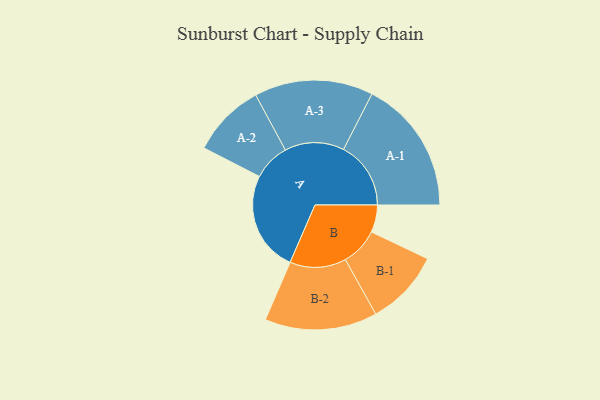
{"axis": {"x": "Segment", "y": "Value"}, "legend": ["", "A", "B"], "data": [{"x": "A", "y": 419, "type": ""}, {"x": "B", "y": 114, "type": ""}, {"x": "A-1", "y": 281, "type": "A"}, {"x": "A-2", "y": 154, "type": "A"}, {"x": "A-3", "y": 248, "type": "A"}, {"x": "B-1", "y": 158, "type": "B"}, {"x": "B-2", "y": 235, "type": "B"}]}